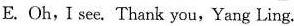
E.Oh,I see. Thank you,Yang Ling.